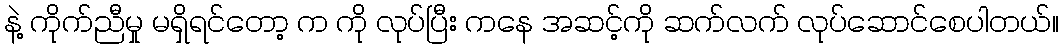
နဲ့ ကိုက်ညီမှု မရှိရင်တော့ က ကို လုပ်ပြီး ကနေ အဆင့်ကို ဆက်လက် လုပ်ဆောင်စေပါတယ်။